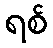
ရစ်